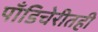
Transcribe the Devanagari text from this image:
पाँडिचेरीतही